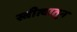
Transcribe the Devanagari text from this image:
स्त्रीत्वातून